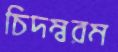
চিদম্বরম